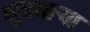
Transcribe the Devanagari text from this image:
सुचणार्‍या